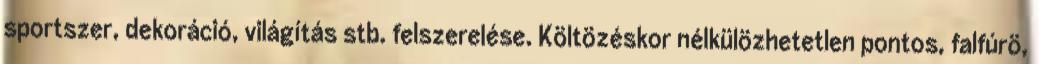
sportszer, dekoráció, világítás stb. felszerelése. Költözéskor nélkülözhetetlen pontos, falfúrö,